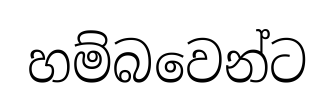
හම්බවෙන්ට